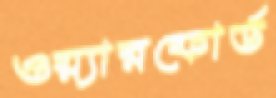
ওয়্যারফোর্ড